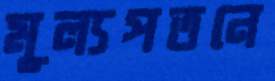
মূল্যপতনে